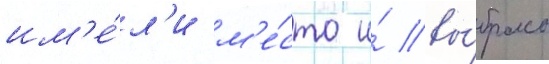
им'е́л'и м'е́сто и́ вы́бросы